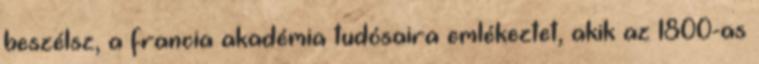
beszélsz, a francia akadémia tudósaira emlékeztet, akik az 1800-as